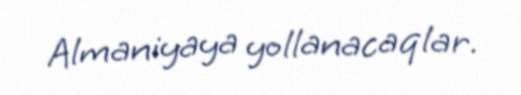
Almaniyaya yollanacaqlar.